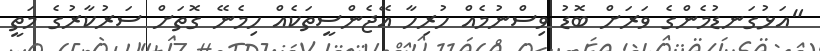
"އަޅުގަނޑުމެންގެ ވަރަށް ބޮޑު ވިސްނުމެއް ހުރިހާ އޭޖެންސީތަކެއް ހިމެނޭ ގޮތަށް ސަރުކާރުގެ މަތީ